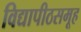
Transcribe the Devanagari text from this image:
विद्यापीठसमूह